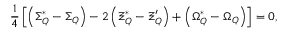
\frac 1 4 \left[ \left( \Sigma _ { Q } ^ { * } - \Sigma _ { Q } \right) - 2 \left( \Xi _ { Q } ^ { * } - \Xi _ { Q } ^ { \prime } \right) + \left( \Omega _ { Q } ^ { * } - \Omega _ { Q } \right) \right] = 0 ,